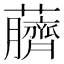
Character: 𫊖